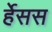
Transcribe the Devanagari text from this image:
र्हेसस